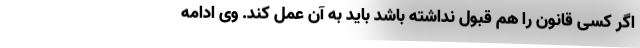
اگر کسی قانون را هم قبول نداشته باشد باید به آن عمل کند. وی ادامه